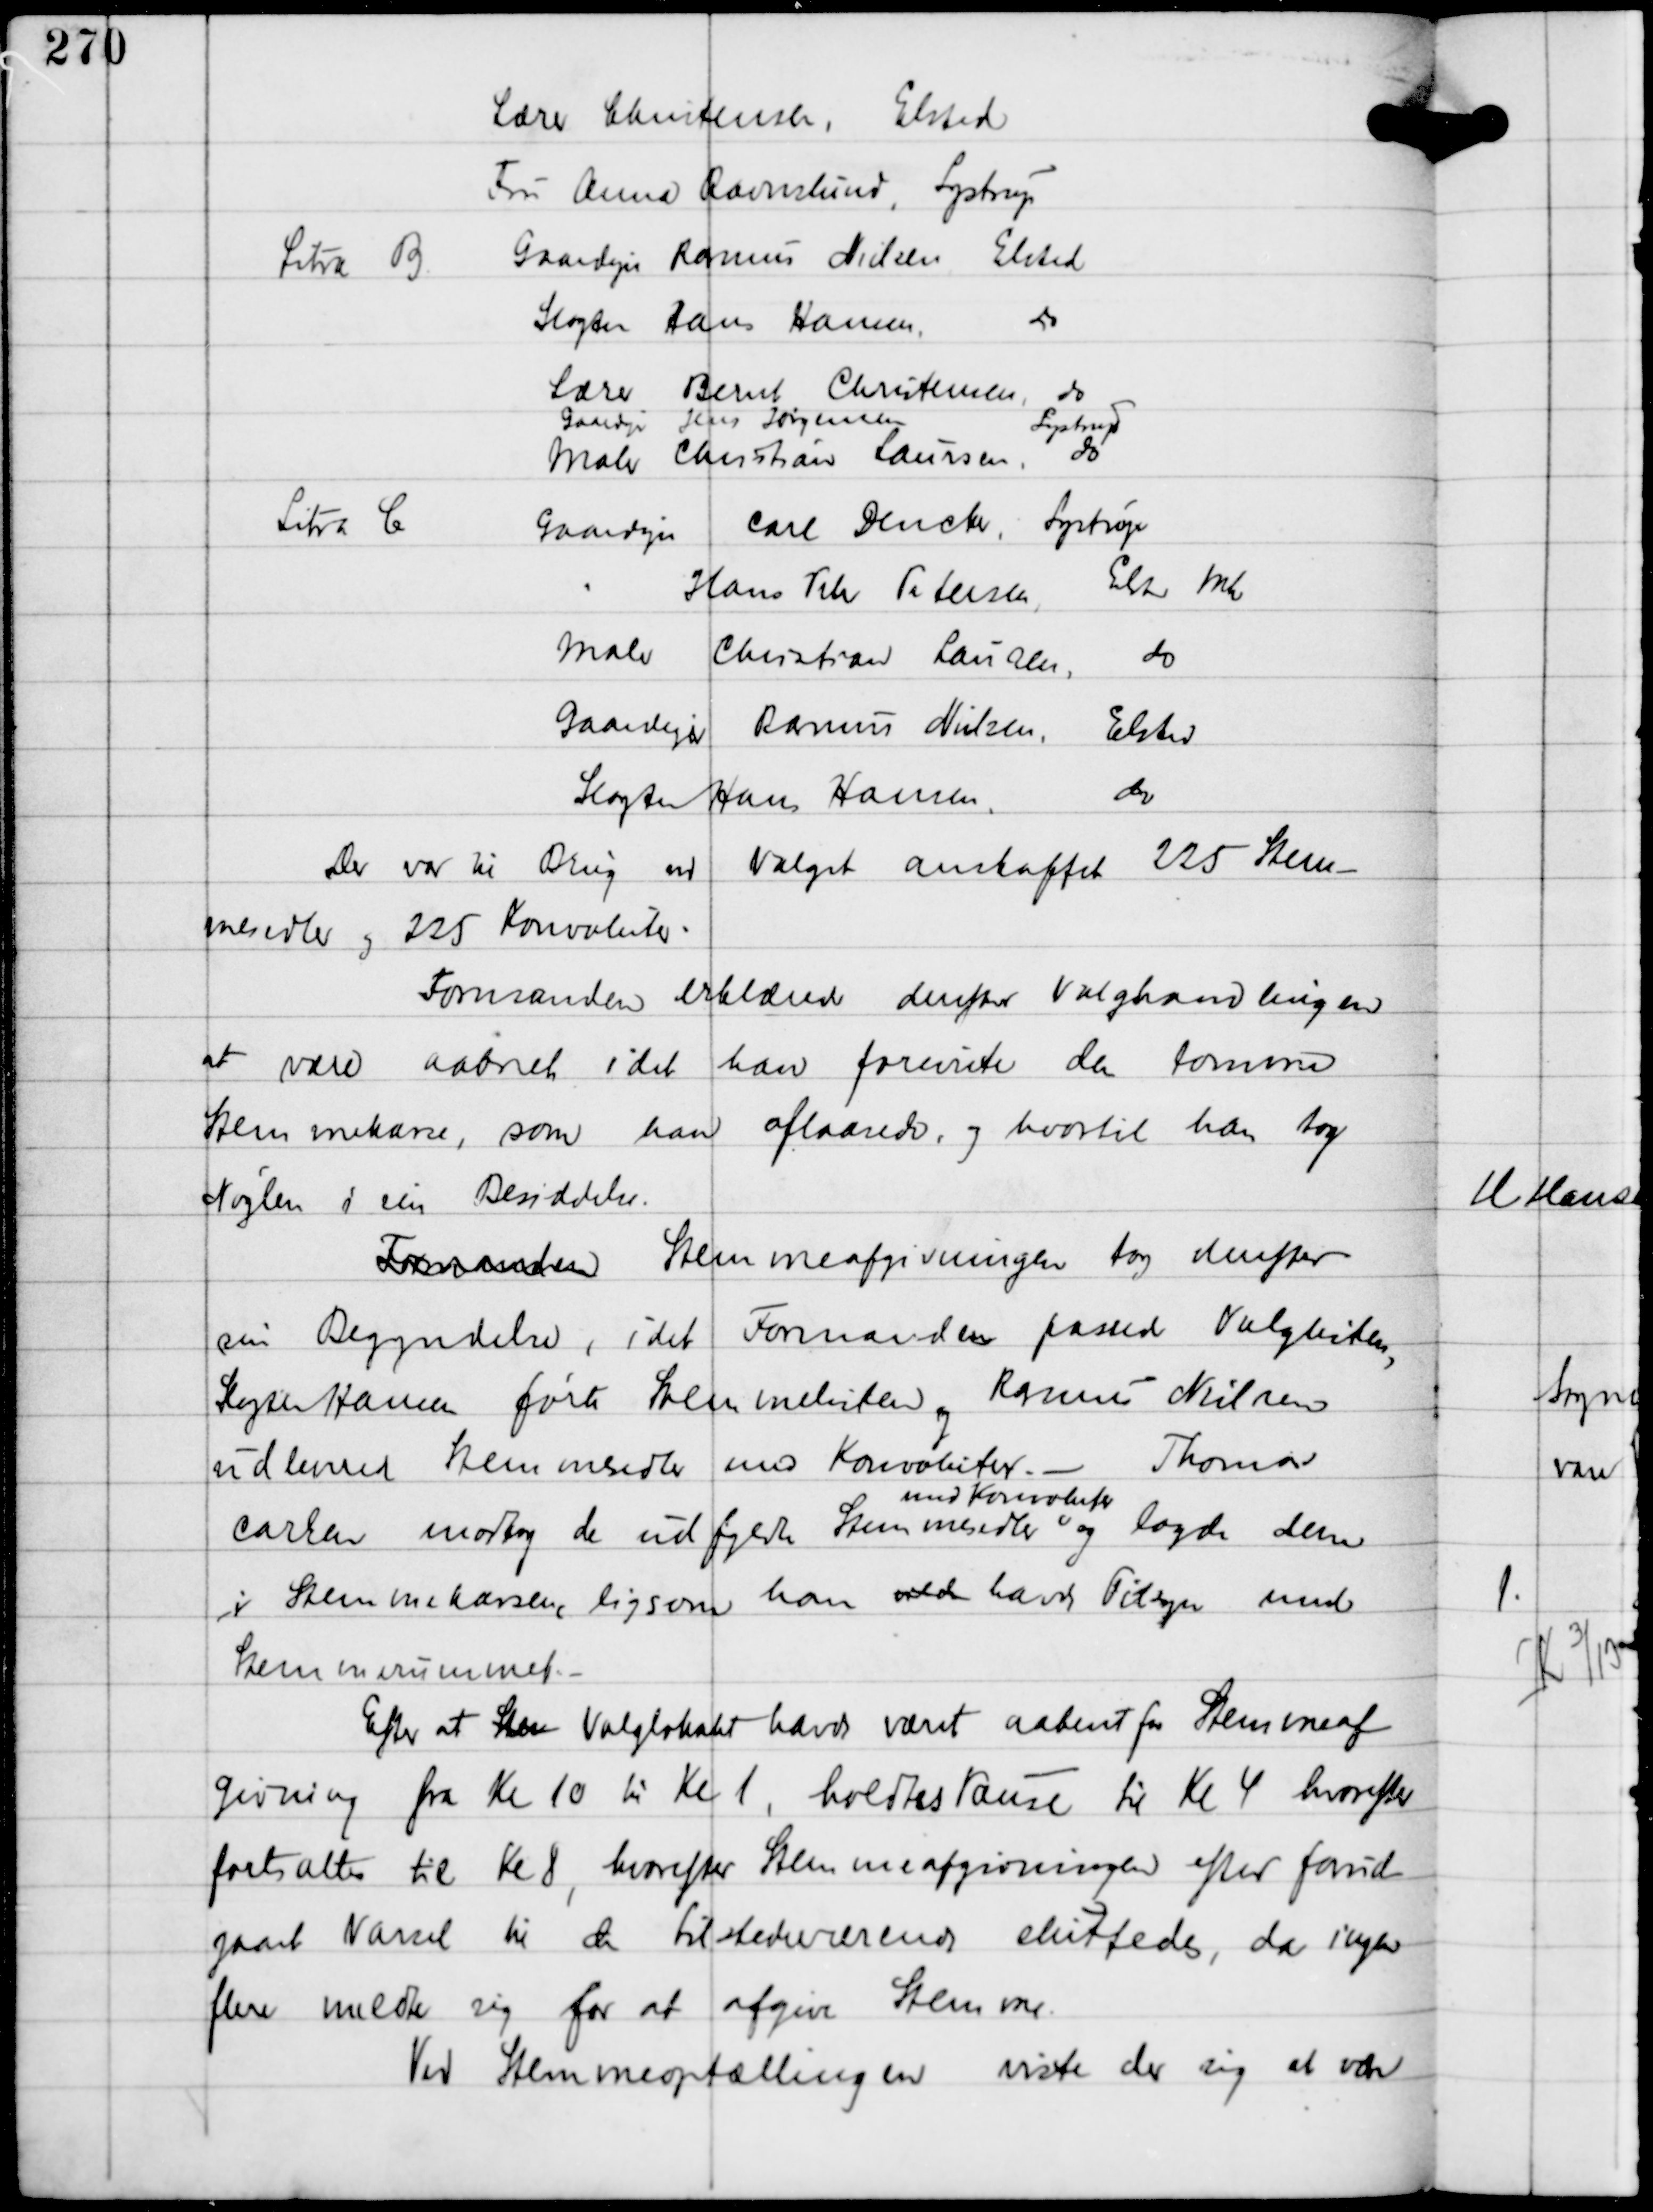
Transskription:
Lærer Christensen, Elsted
Fru Anna Ravnslund, Lystrup

Litra B

Gaardejer Rasmus Nielsen Elsted
Slagter Hans Hansen
do
Lærer Bernt Christensen, do
Gaardejer Jens Jørgensen
Lystrup
Maler Christian Laursen,
do

Litra C

Gaardejer Carl Dencker, Lystrup
" Hans Peter Petersen, Elsted Mk
Maler Christian Laursen, do
Gaardejer Rasmus Nielsen, Elsted
Slagter Hans Hansen,
do

Der var til brug ved Valget anskaffet 225 Stem-
mesedler og 225 Konvoluter.
Formanden erklærede derefter Valghandlingen
at være aabnet, idet han foreviste den tomme
Stemmekasse, som han aflaasede, og hvortil han tog
Nøglen i sin Besiddelse.
Formanden Stemmeafgivningen tog derefter
sin Begyndelse, idet Formanden passede Valglisten,
Slagter Hansen førte Stemmelisten og Rasmus Nielsen
udleverede Stemmesedler med Konvoluter. - Thomas
Carlsen modtog de udfyldte Stemmesedler
med Konvoluter
og lagde dem
i Stemmekassen, ligesom han vilde havde Tilsyn med
Stemmerummet. -

Efter at Stem Valglokalet havde været aabent for Stemmeaf-
givning fra Kl 10 til Kl 1, holdtes Pause til Kl 4 hvorefter
forsattes til Kl 8, hvorefter Stemmeafgivningen efter forud-
gaaet Varsel til de tilstedeværende sluttedes, da ingen
flere meldte sig for at afgive Stemme.
Ved Stemmeoptællingen viste der sig at være